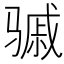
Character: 𬴈